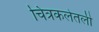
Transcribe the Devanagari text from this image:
चित्रकलेतली